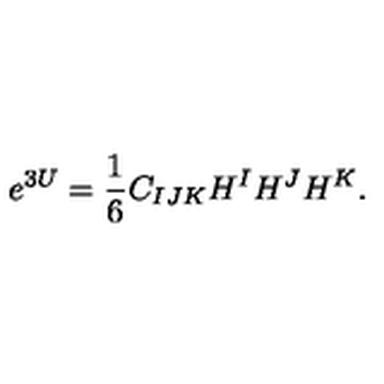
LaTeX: e ^ { 3 U } = { \frac { 1 } { 6 } } C _ { I J K } H ^ { I } H ^ { J } H ^ { K } .